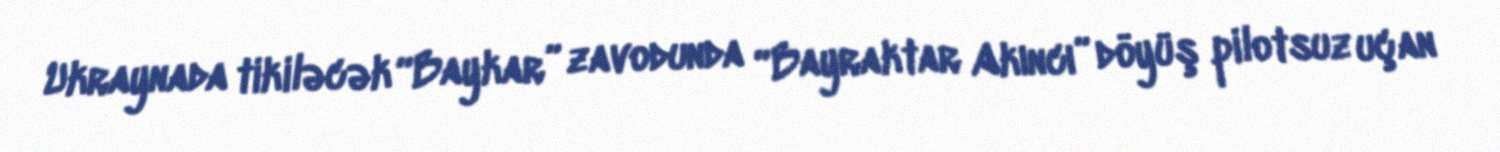
Ukraynada tikiləcək “Baykar” zavodunda “Bayraktar Akıncı” döyüş pilotsuz uçan